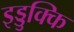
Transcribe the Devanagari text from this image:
इड्डुक्कि